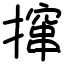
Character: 撺